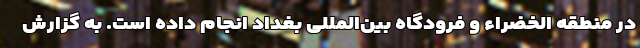
در منطقه الخضراء و فرودگاه بین‌المللی بغداد انجام داده است. به گزارش